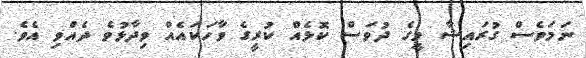
ނަމަވެސް ގުރައިޝާ މީގެ ދުވަސް ކޮޅެއް ކުރީގެ ވާހަކައެއް ވިދާޅުވެ ދެއްވި އެވެ.